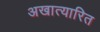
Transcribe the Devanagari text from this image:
अखात्यारित